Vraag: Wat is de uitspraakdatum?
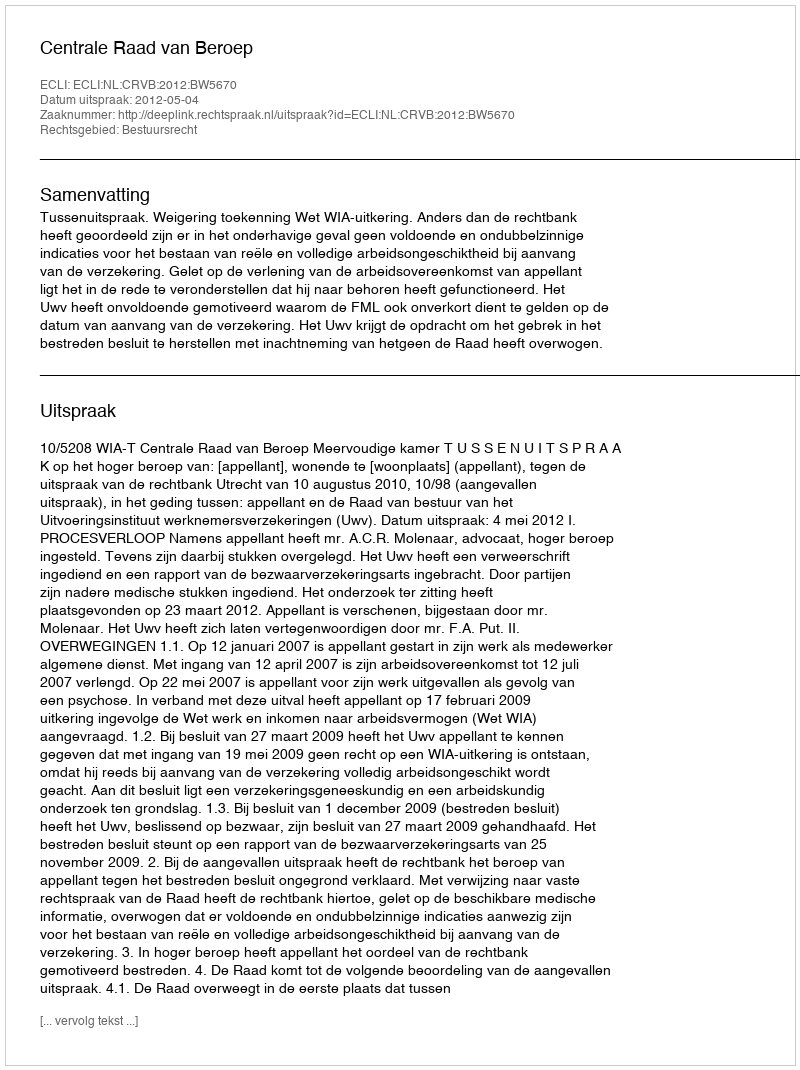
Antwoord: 2012-05-04